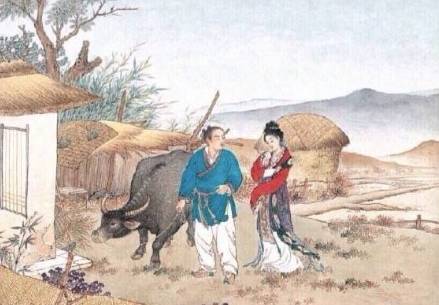
双星良夜，耕慵织懒，应被群仙相妒。